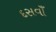
દસવાઁ